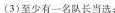
(3)至少有一名队长当选；